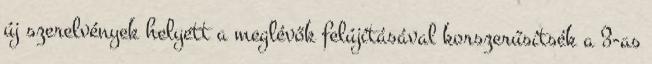
új szerelvények helyett a meglévők felújításával korszerűsítsék a 3-as